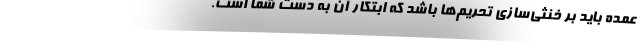
عمده باید بر خنثی‌سازی تحریم‌ها باشد که ابتکار آن به دست شما است.